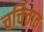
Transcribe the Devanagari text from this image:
चर्चितात